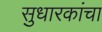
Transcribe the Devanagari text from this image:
सुधारकांचा